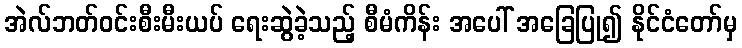
အဲလ်ဘတ်ဝင်းစီးမီးယပ် ရေးဆွဲခဲ့သည့် စီမံကိန်း အပေါ် အခြေပြု၍ နိုင်ငံတော်မှ